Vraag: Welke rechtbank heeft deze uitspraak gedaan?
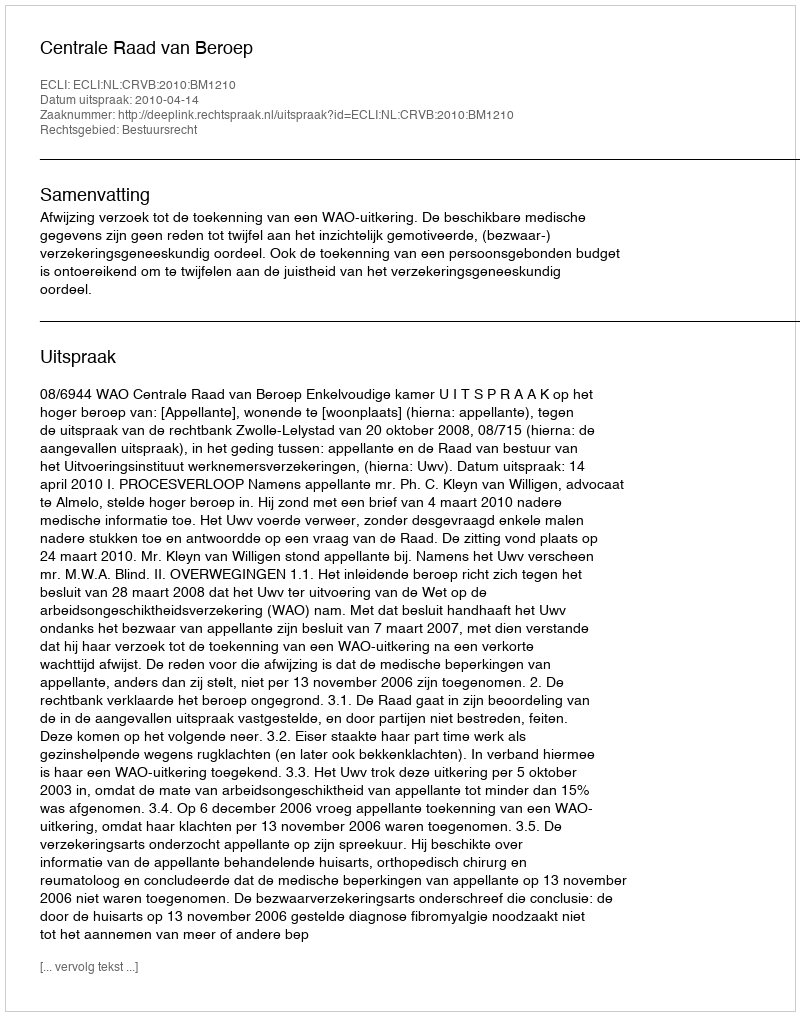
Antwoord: Centrale Raad van Beroep